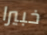
خبيرا